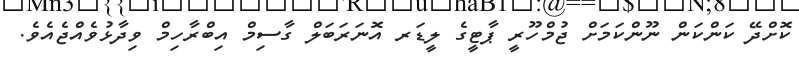
ކޮށްދޭ ކަންކަން ނޫންކަމަށް ޖުމްހޫރީ ޕާޓީގެ ލީޑަރ އޮނަރަބަލް ގާސިމް އިބްރާހިމް ވިދާޅުވެއްޖެއެވެ.